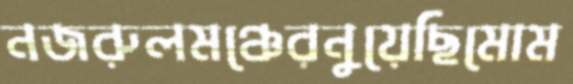
নজরুলমঞ্চেরনুয়েছিমোম